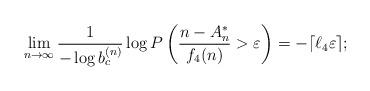
LaTeX: \begin{align*}\lim_{n\to\infty}\frac{1}{-\log b_c^{(n)}}\log P\left(\frac{n-A_n^*}{f_4(n)}>\varepsilon\right)=-\lceil\ell_4\varepsilon\rceil;\end{align*}